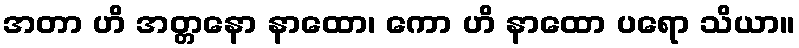
အတာ ဟိ အတ္တနော နာထော၊ ကော ဟိ နာထော ပရော သိယာ။